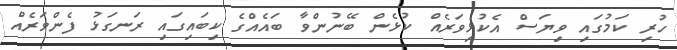
ހުރި ކަމުގައި ވިޔަސް އެކުޅިވަރެއް ކުޅެން ބޭނުންވާ ބައެއްގެ ކިބައިގައި ރަނގަޅު ފެންވަރެއް